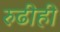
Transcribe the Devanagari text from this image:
रुढीही